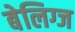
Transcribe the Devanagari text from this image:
बेलिग्ज